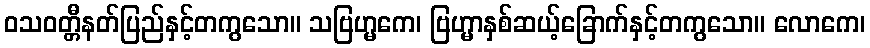
ဝသဝတ္တီနတ်ပြည်နှင့်တကွသော။ သဗြဟ္မကေ၊ ဗြဟ္မာနှစ်ဆယ့်ခြောက်နှင့်တကွသော။ လောကေ၊